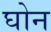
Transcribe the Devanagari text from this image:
घोन